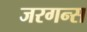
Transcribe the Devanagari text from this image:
जरगन्स